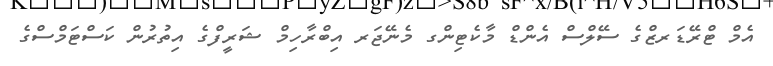
އެމް ޓްރޭޑަރޒްގެ ސޭލްސް އެންޑް މާކެޓިންގ މެނޭޖަރ އިބްރާހިމް ޝަރީފްގެ އިތުރުން ކަސްޓަމްސްގެ